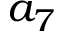
a _ { 7 }